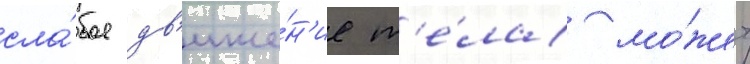
сла́бое дв'иже́н'ие т'е́ла мо́жет